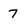
Character: 7